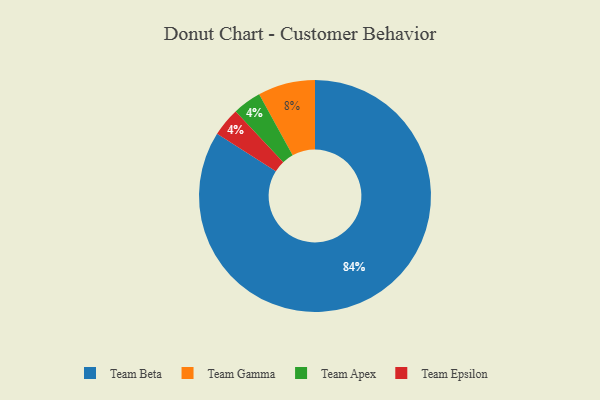
{"axis": {"x": "Category", "y": "Percentage"}, "legend": ["Team Apex", "Team Beta", "Team Epsilon", "Team Gamma"], "data": [{"x": "Team Apex", "y": 4, "type": "Team Apex"}, {"x": "Team Epsilon", "y": 4, "type": "Team Epsilon"}, {"x": "Team Gamma", "y": 8, "type": "Team Gamma"}, {"x": "Team Beta", "y": 84, "type": "Team Beta"}]}